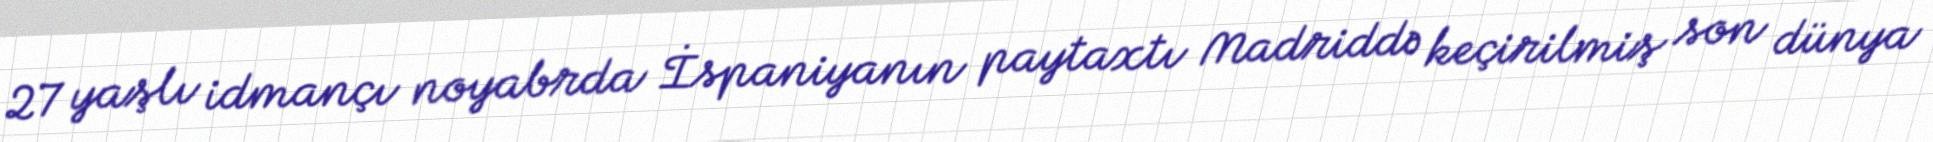
27 yaşlı idmançı noyabrda İspaniyanın paytaxtı Madriddə keçirilmiş son dünya